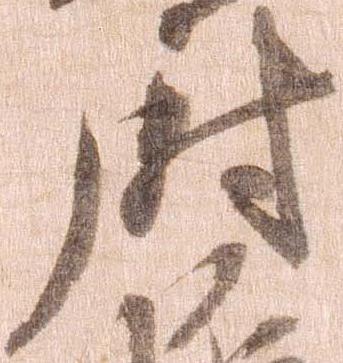
尉